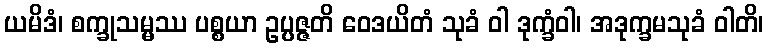
ယမိဒံ၊ စက္ခုသမ္မဿ ပစ္စယာ ဥပ္ပဇ္ဇတိ ဝေဒယိတံ သုခံ ဝါ ဒုက္ခံဝါ၊ အဒုက္ခမသုခံ ဝါတိ၊